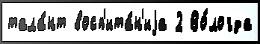
тала́нт восп'ита́н'иjа 2 Во́логда